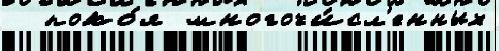
  поко́я многочи́сл'енных